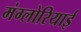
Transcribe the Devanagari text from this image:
मंग्लोरियाई